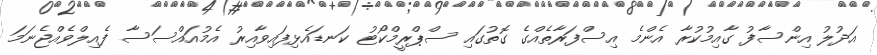
އަދުލު އިންސާފު ގާއިމުކުރާ އެންމެ އިސްފަރާތެއްގެ ގޮތުގައި ސްޕްރީމްކޯޓު ކަނޑައެޅިފައިވާއިރު އެމުއައްސަސާ ފެއިލްވެއްޖެނަމަ